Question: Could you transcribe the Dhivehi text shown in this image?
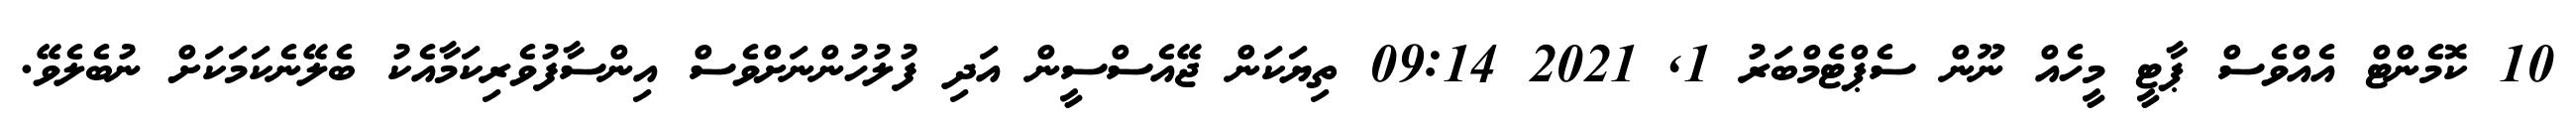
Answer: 10 ކޮމެންޓް އެއްވެސް ޕާޓީ މީހެއް ނޫން ސެޕްޓެމްބަރު 1, 2021 09:14 ތިޔަކަން ޖޭއެސްސީން އަދި ފުލުހުންނަށްވެސް އިންސާފުވެރިކަމާއެކު ބެލޭނެކަމަކަށް ނުބެލެވޭ.